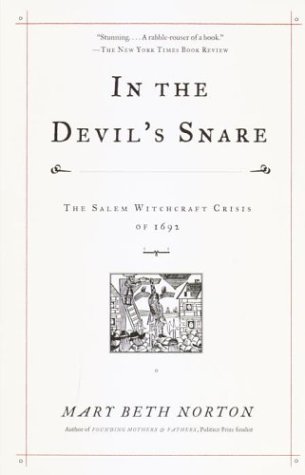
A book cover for In the Devil's Snare: The Salem Witchcraft Crisis of 1692; Mary Beth Norton; History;